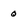
Character: q